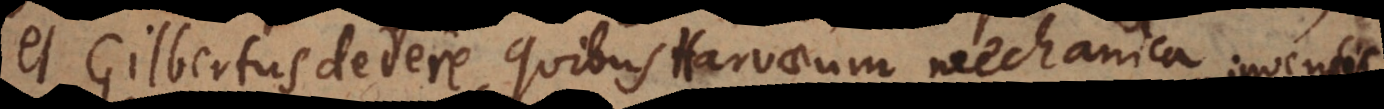
et Gilbertus dedere, quibus Harvaeum mechanica circulatio